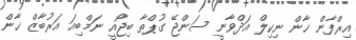
އިރްފާން ޚާން ނިކިލް އަދްވާނީ ސަންޖޭ ގުޕްތާ ބިޖޯއީ ނަމްބިއަ އަރުބާޒް ޚާން